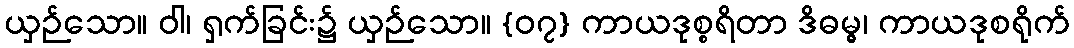
ယှဉ်သော။ ဝါ၊ ရှက်ခြင်း၌ ယှဉ်သော။ {၀၇} ကာယဒုစ္စရိတာ ဒိဓမ္မွ၊ ကာယဒုစရိုက်